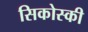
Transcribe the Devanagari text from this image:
सिकोस्की